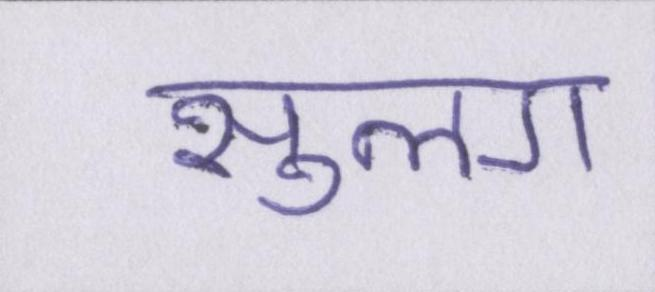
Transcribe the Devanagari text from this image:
सुलग